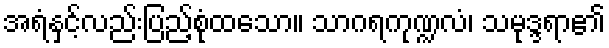
အရံနှင့်လည်းပြည့်စုံထသော။ သာဂရကုဏ္ဍလံ၊ သမုဒ္ဒရာ၏